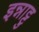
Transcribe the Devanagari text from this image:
इन्नाट्टु